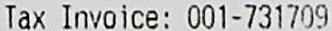
TAX INVOICE: 001-731709